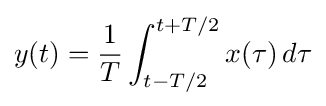
y(t)={\frac {1}{T}}\int _{t-T/2}^{t+T/2}x(\tau )\,d\tau